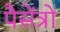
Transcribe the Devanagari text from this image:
पैसेंत्रो